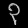
Digit: ၃